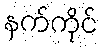
နက်ကိုင်